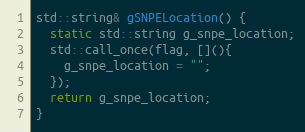
Language: C++
std::string& gSNPELocation() {
  static std::string g_snpe_location;
  std::call_once(flag, [](){
    g_snpe_location = "";
  });
  return g_snpe_location;
}